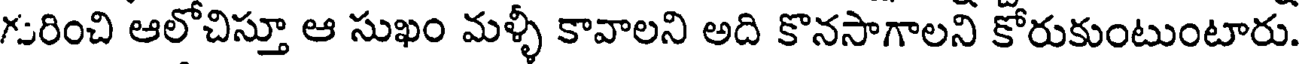
గురించి ఆలోచిస్తూ ఆ సుఖం మళ్ళీ కావాలని అది కొనసాగాలని కోరుకుంటుంటారు.